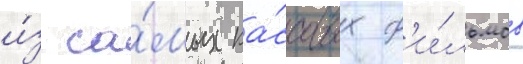
и́з са́мых ка́ссовых ф'и́льмов